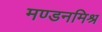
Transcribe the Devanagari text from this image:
मण्डनमिश्र